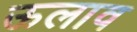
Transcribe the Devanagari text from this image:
ऊलाव